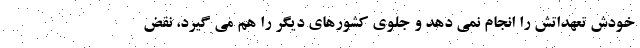
خودش تعهداتش را انجام نمی دهد و جلوی کشورهای دیگر را هم می گیرد، نقض